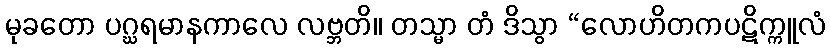
မုခတော ပဂ္ဃရမာနကာလေ လဗ္ဘတိ။ တသ္မာ တံ ဒိသွာ “လောဟိတကပဋိက္ကူလံ